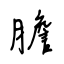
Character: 膽